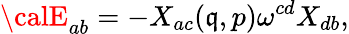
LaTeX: {\calE}_{ab}=-X_{ac}(\mathfrak{q},p)\omega^{cd}X_{db},